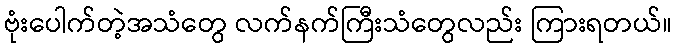
ဗုံးပေါက်တဲ့အသံတွေ လက်နက်ကြီးသံတွေလည်း ကြားရတယ်။